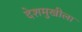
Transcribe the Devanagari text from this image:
देशमुखीला